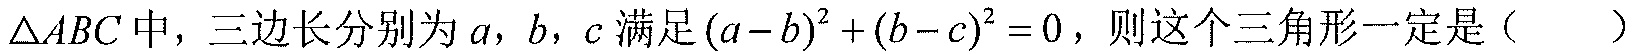
\(\triangle ABC\)中，三边长分别为\(a\)，\(b\)，\(c\)满足\((a - b)^{2}+(b - c)^{2}=0\)，则这个三角形一定是（  ）